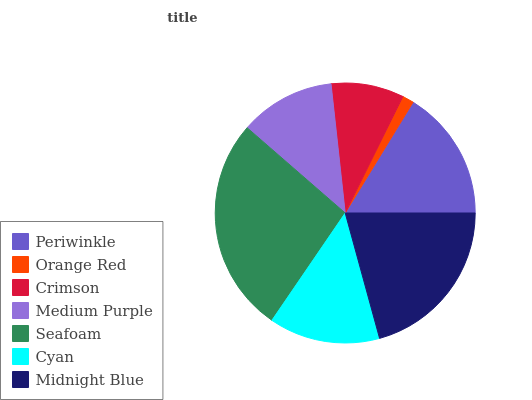
| Periwinkle | Orange Red | Crimson | Medium Purple | Seafoam | Cyan | Midnight Blue |
 | --- | --- | --- | --- | --- | --- | --- |
 | 16.2% | 1.43% | 9.06% | 11.9% | 26.9% | 13.8% | 20.7% |